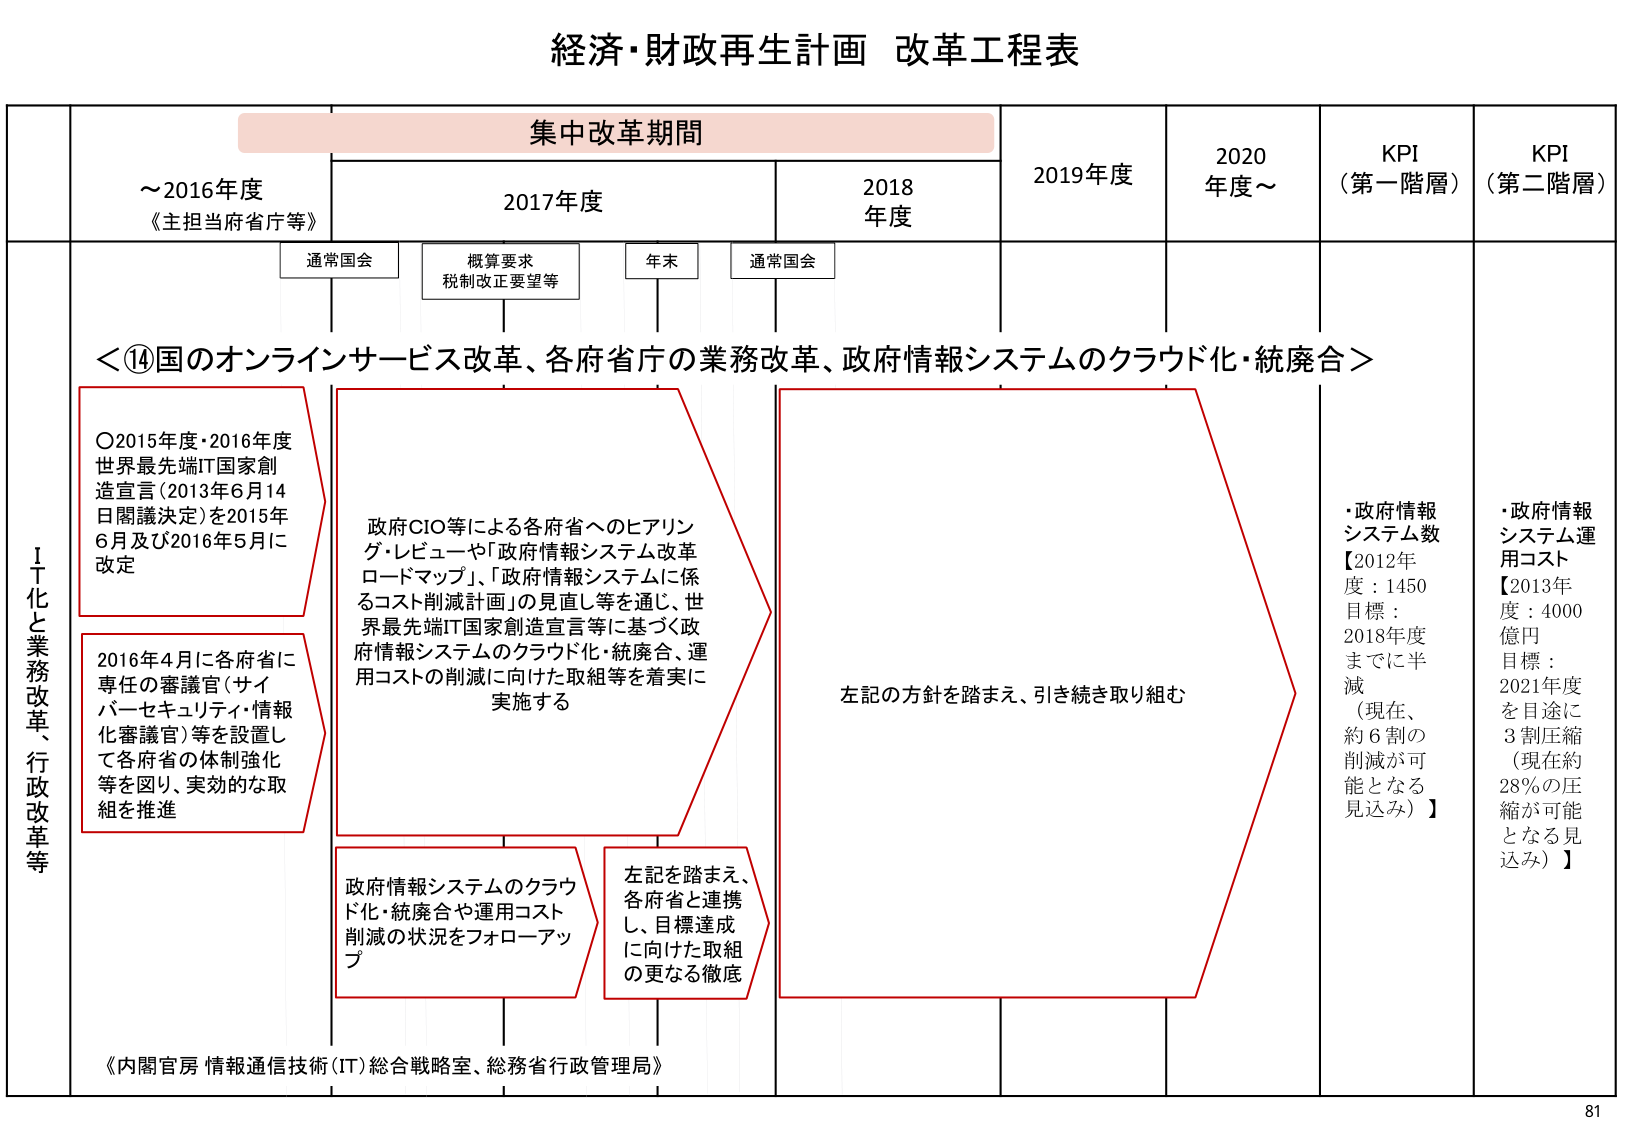
経済・財政再生計画 改革工程表

集中改革期間

～2016年度
《主担当府省庁等》

2017年度

2018年度

2019年度

2020年度～

KPI（第一階層）

KPI（第二階層）

通常国会

概算要求
税制改正要望等

年末

通常国会

＜⑭国のオンラインサービス改革、各府省庁の業務改革、政府情報システムのクラウド化・統廃合＞

ＩＴ化と業務改革、行政改革等

〇2015年度・2016年度
世界最先端IT国家創造宣言（2013年6月14日閣議決定）を2015年6月及び2016年5月に改定

2016年4月に各府省に専任の審議官（サイバーセキュリティ・情報化審議官）等を設置して各府省の体制強化等を図り、実効的な取組を推進

政府CIO等による各府省へのヒアリング・レビューや「政府情報システム改革ロードマップ」、「政府情報システムに係るコスト削減計画」の見直し等を通じ、世界最先端IT国家創造宣言等に基づく政府情報システムのクラウド化・統廃合、運用コストの削減に向けた取組等を着実に実施する

政府情報システムのクラウド化・統廃合や運用コスト削減の状況をフォローアップ

左記を踏まえ、各府省と連携し、目標達成に向けた取組の更なる徹底

左記の方針を踏まえ、引き続き取り組む

・政府情報システム数
【2012年度：1450
目標：2018年度までに半減
（現在、約6割の削減が可能となる見込み）】

・政府情報システム運用コスト
【2013年度：4000億円
目標：2021年度を目途に3割圧縮
（現在約28％の圧縮が可能となる見込み）】

《内閣官房 情報通信技術（IT）総合戦略室、総務省行政管理局》

81